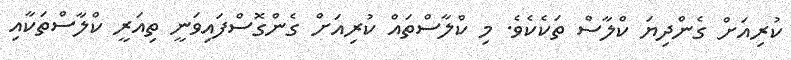
ކުރިއަށް ގެންދިޔަ ކްލާސް ތަކެކެވެ. މި ކްލާސްތައް ކުރިއަށް ގެންގޮސްފައިވަނީ ތިއަރީ ކްލާސްތަކާއި